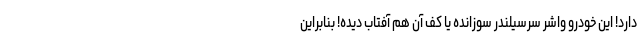
دارد! این خودرو واشر سرسیلندر سوزانده یا کف آن هم آفتاب دیده! بنابراین